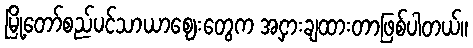
မြို့တော်စည်ပင်သာယာဈေးတွေက အငှားချထားတာဖြစ်ပါတယ်။